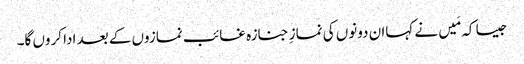
جیسا کہ مَیں نے کہاان دونوں کی نمازِ جنازہ غائب نمازوں کے بعد ادا کروں گا۔